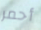
أحمر